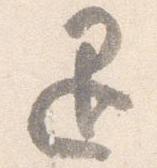
退